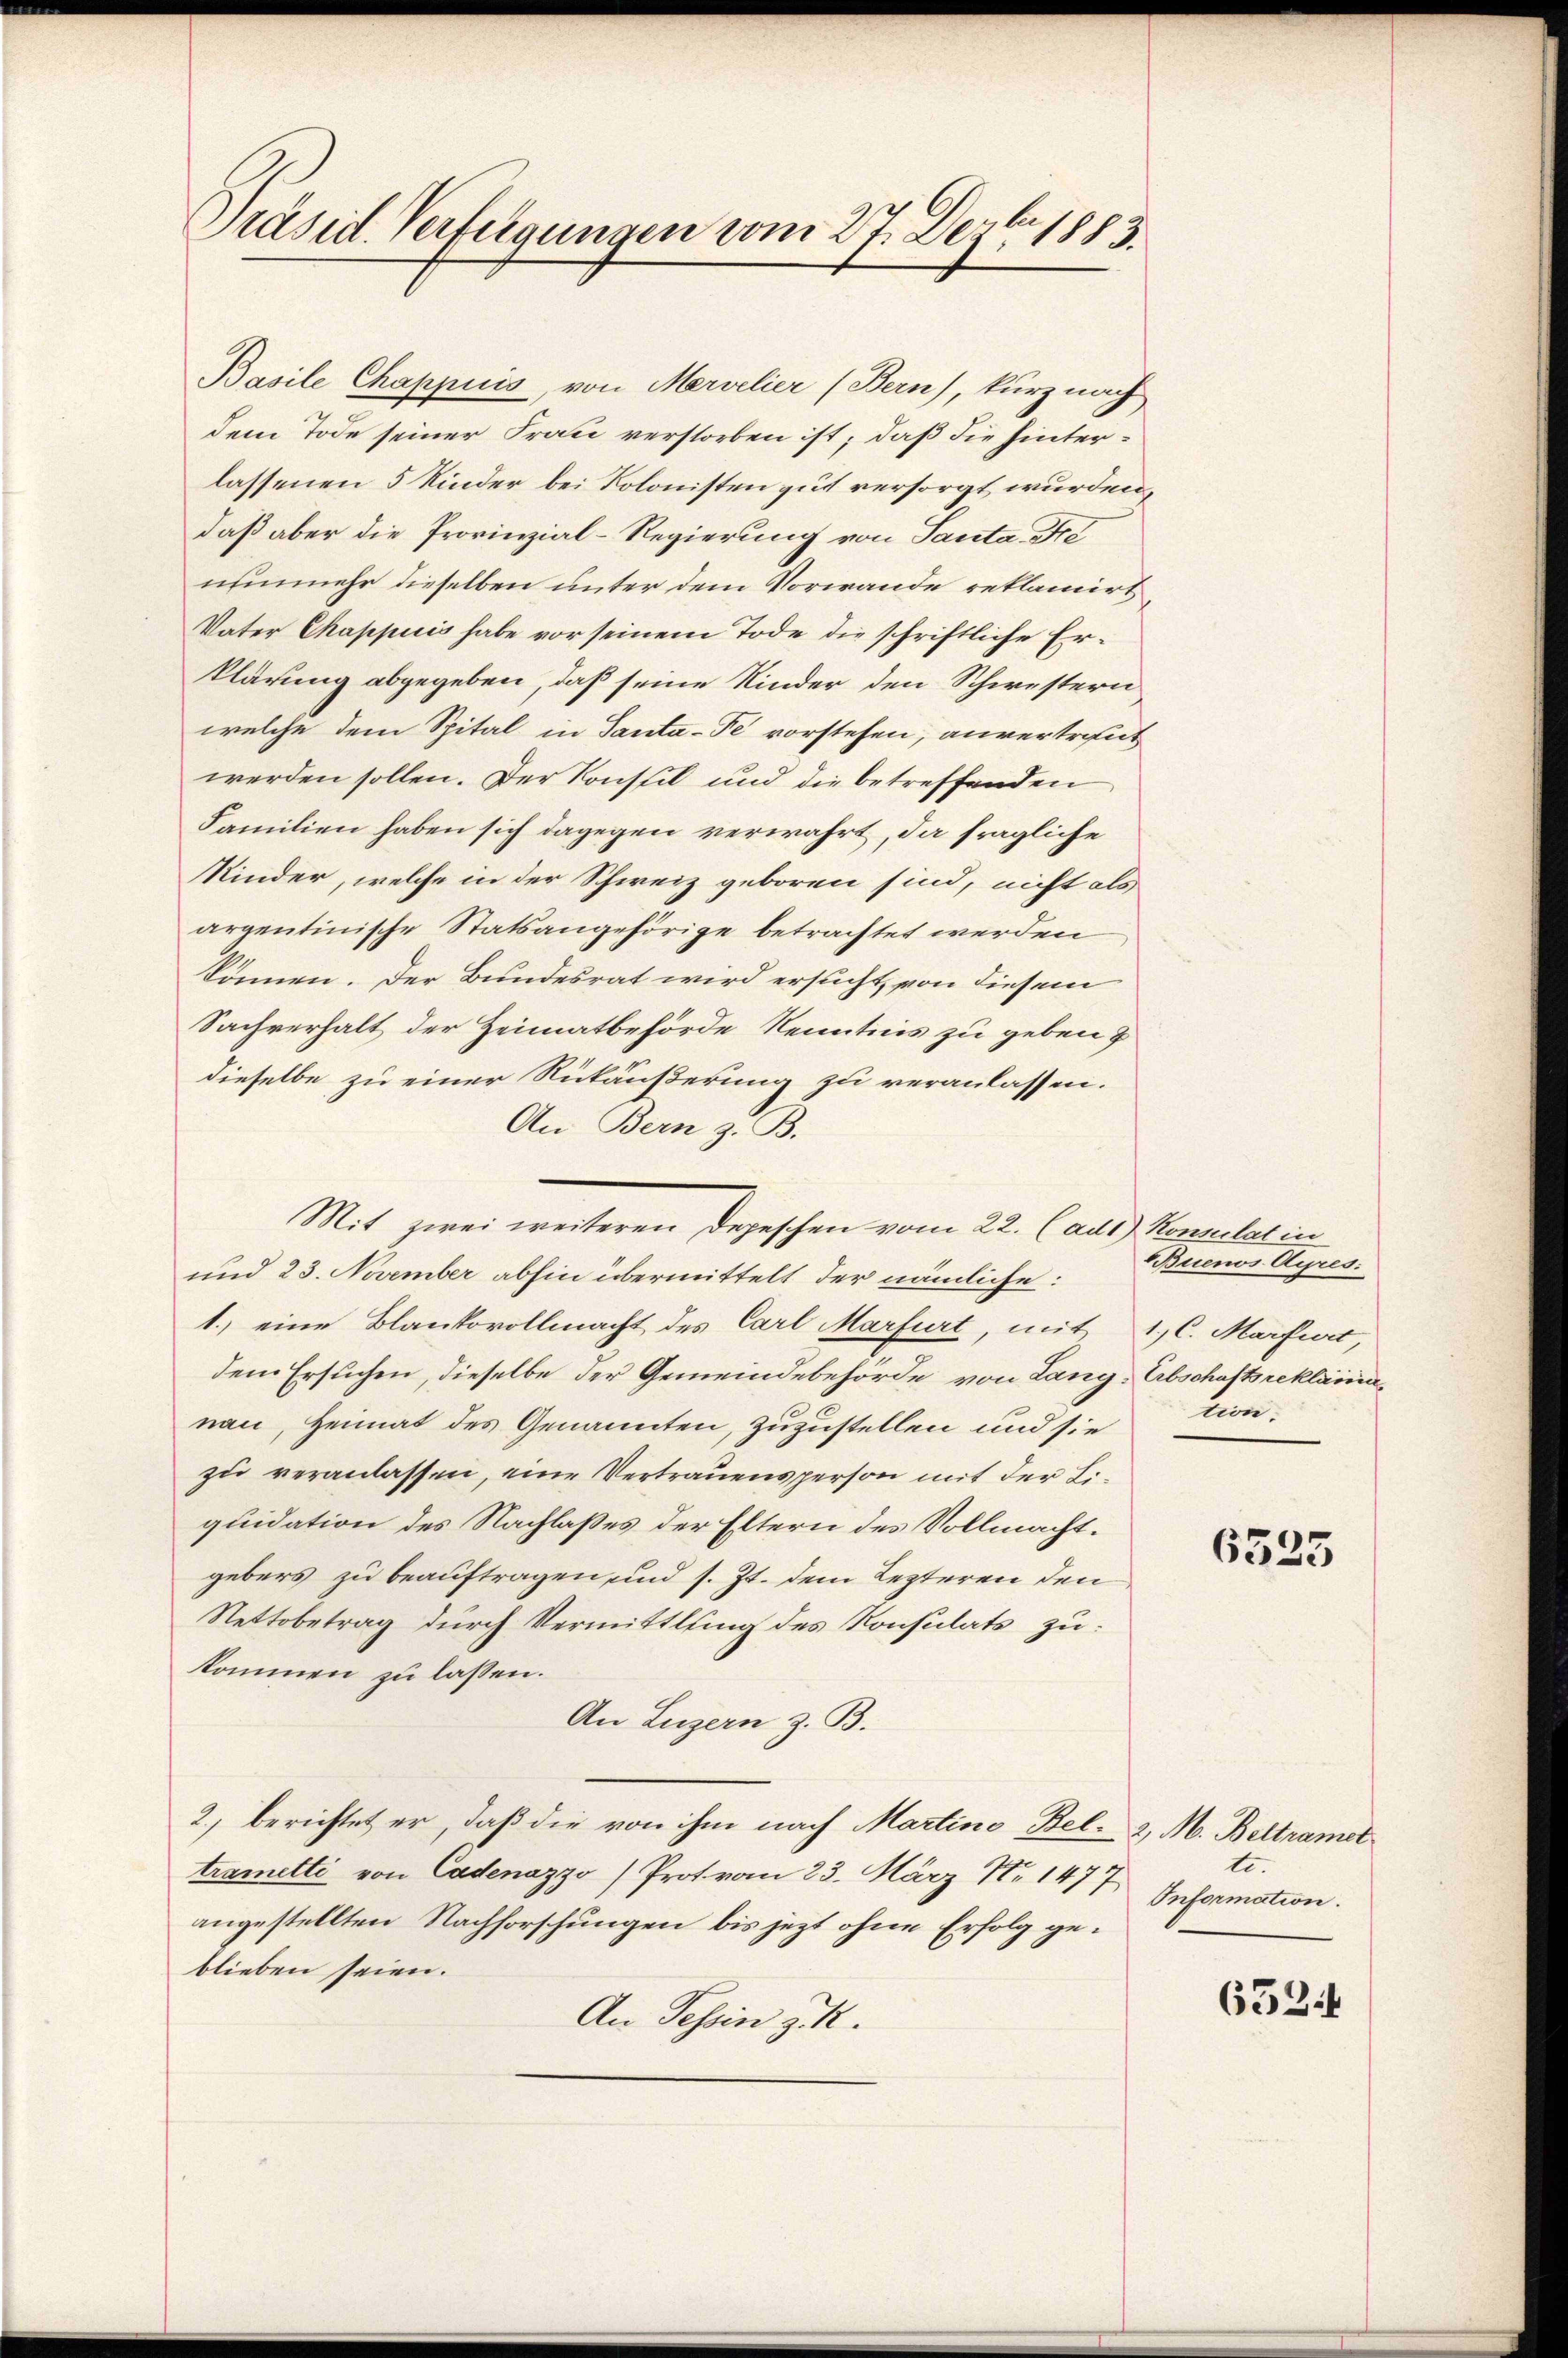
Präsid. Verfügungen vom 27. Dezbr. 1883.

Basile Chappuis, von Mervelier (Bern), kurz nach
dem Tode seiner Frau verstorben ist; daß die hinterlassenen 5 Kinder bei Kolonisten gut versorgt wurden,
daß aber die Provinzial-Regierung von Santa Fre
nunmehr dieselben unter dem Vorwande reklamirt
Vater Chappuis habe vor seinem Tode die schriftliche Erklärung abgegeben, daß seine Kinder den Schwestern
welche dem Spital in Santa-Pe vorstehen, anvertrent
werden sollen. Der Konstil und die betreffenden
Familien haben sich dagegen verwahrt, da fragliche
Minder, welche in der Schweiz geboren sind, nicht als
argentinische Statsangehörige betrachtet werden
können. Der Bundesrat wird ersucht, von diesem
Sachverhalt der Heimatbehörde Kenntnis zu geben &
dieselbe zu einer Rückäußerung zu veranlassen.
An Bern z. B.
Mit zwei weiteren Depeschen vom 22. (aus) Konsulatin
und 23. November abhin übermittelt der nämliche:
1.) eine Blankovollmacht des Carl Marfurt, mit 1, C. Marfurt
dem Ersuchen, dieselbe der Gemeindebehörde von Lang, Abschaftsreklamia
nau, Heimat des Genannten, zuzustellen und sie
zu veranlassen, eine Vertrauensperson mit der Liquidation des Nachlaßes der Eltern des Vollmacht.
gebers zu beauftragen, und s. Zt. dem Lezteren den
Nettobetrag durch Vermittlung des Konsulats zu
kommen zu lassen.
An Luzern z. B.
2) berichtet er, daß die von ihm nach Martino, Bel- 2. M. Beltramet
trametti von Cadenazzo) Prot. vom 23. März N 1477
angestellten Nachforschungen bis jetzt ohne Erfolg geblieben seien.
An Tessin z. R.

Buenos Ayres.
tion.

6325

te.
Information.

652.